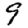
Digit: 9